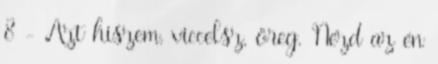
8 - Azt hiszem, viccelsz, öreg. Nézd az én